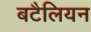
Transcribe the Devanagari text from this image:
बटैलियन